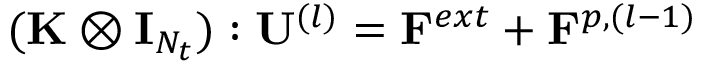
( { \mathbf { \mathbf { \mathbf { K } } } } \otimes { \mathbf { \mathbf { \mathbf { I } } } } _ { N _ { t } } ) : { \mathbf { \mathbf { \mathbf { U } } } } ^ { ( l ) } = { \mathbf { \mathbf { \mathbf { F } } } } ^ { e x t } + { \mathbf { \mathbf { \mathbf { F } } } } ^ { p , ( l - 1 ) }